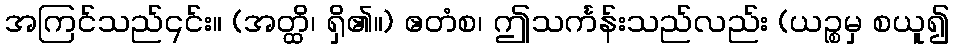
အကြင်သည်၎င်း။ (အတ္ထိ၊ ရှိ၏။) ဧတံစ၊ ဤသင်္ကန်းသည်လည်း (ယဉ္စမှ စယူ၍